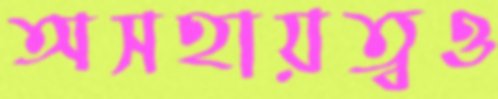
অসহায়ত্বও